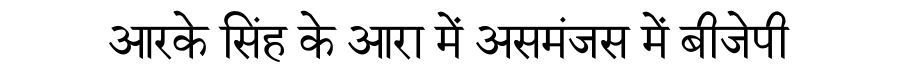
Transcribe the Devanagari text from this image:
आरके सिंह के आरा में असमंजस में बीजेपी